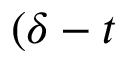
( \delta - t